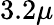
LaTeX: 3.2\mu